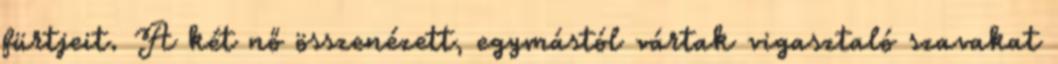
fürtjeit. A két nő összenézett, egymástól vártak vigasztaló szavakat